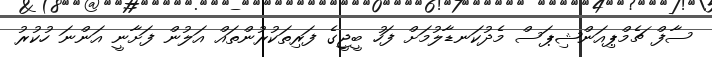
ސާފް ޗެމްޕިއަންޝިޕަސް މެދުކަނޑާލުމަށް ފަހު ބީޖީގެ ފަރިތަކުރުންތައް އަލުން ފަށާނީ އަންނަ ހުކުރު